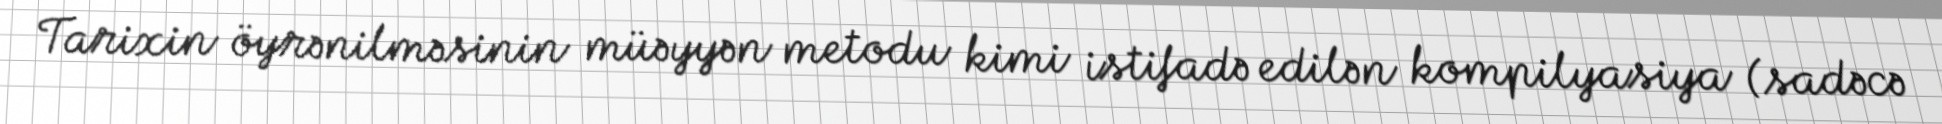
Tarixin öyrənilməsinin müəyyən metodu kimi istifadə edilən kompilyasiya (sadəcə